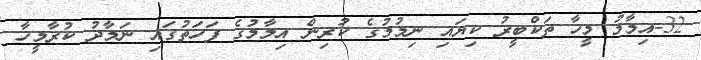
32-އިމާމު މީހާ ތަކްބީރު ކިޔައި ނިމުމުގެ ކުރިން އިމާމުގެ ފަހަތުގައި ނަމާދު ކުރާމީހާ